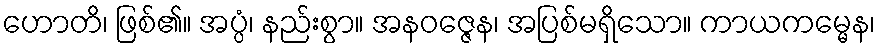
ဟောတိ၊ ဖြစ်၏။ အပ္ပံ၊ နည်းစွာ။ အနဝဇ္ဇေန၊ အပြစ်မရှိသော။ ကာယကမ္မေန၊